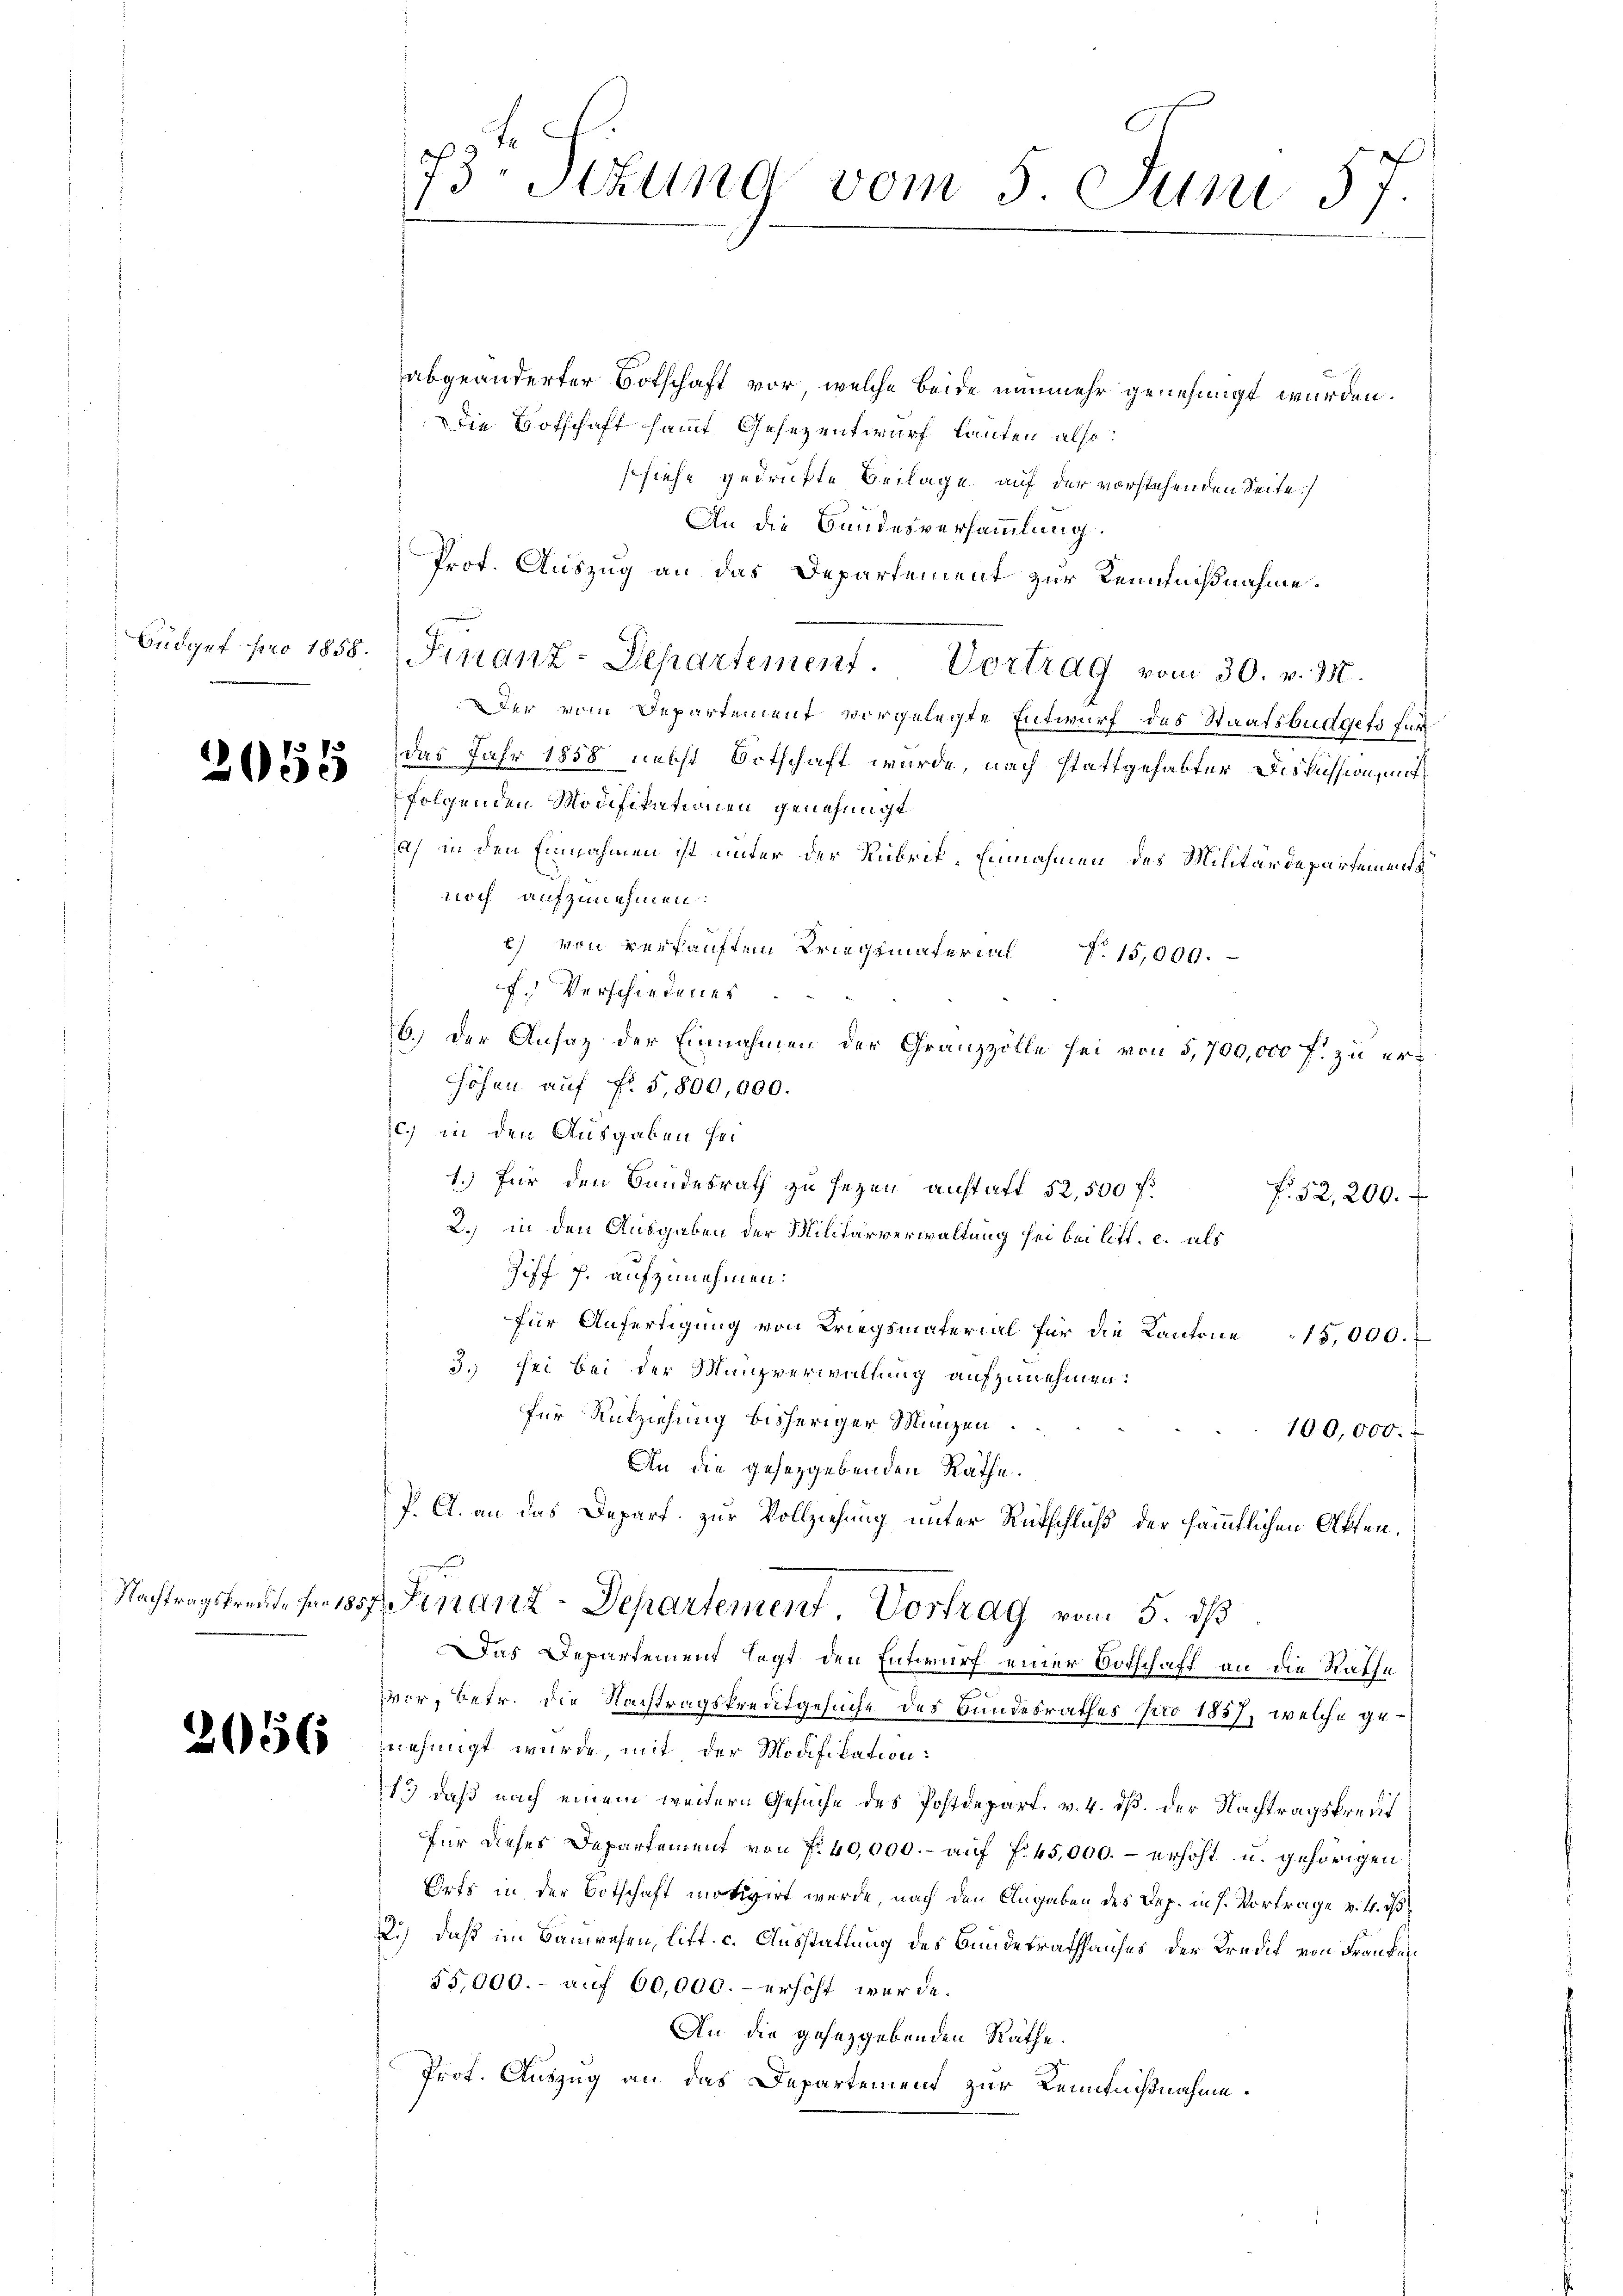
2055

abgeänderter Botschaft vor, welche beide nunmehr genehmigt wurden.
Ddie Botschaft sammt Gesezentwurf lauten also:
ssiehe gedrukte Beilage auf der vorstehenden Seite
An die Bundesversammlung.
Prof. Auszug an das Departement zur Kenntnißnahme.
Büdget pro 1858. Finanz-Departement. Vortrag vom 30. v. 31.
Der vom Departement vorgelegte Entwurf des Staatsbüdgets für
das Jahr 1858 nebst Ortschaft wurde, nach stattgehabter Diskussion, mit
folgenden Modifikationen genehmigt.
a) in den Einnahmen ist unter der Rubrik, Einnahmen des Militärdepartement
noch aufzunehmen:
c) von verkauften Kriegsmaterial. 15,000.
f. Verschiedenes
6.) Der Ansatz der Einnahmen der Granzzolle sei von 5,700,000 f. zu erhöhen auf fl. 5,800,000.
c.) in den Ausgaben sei¬
1.) Für den Bundesrath zu seyen anstatt 52,500 f:
f. 52,200.
2.) in den Ausgaben der Militärverwaltung sei bei litt. c. als
Ziff. J. aufzunehmen:
für Anfertigung von Kriegsmaterial für die Kantone 15,000.
3. sei bei der Münzverwaltung aufzunehmen:
für Rückziehung bisheriger Münzen.
100,000. f
An die gesetzgebenden Räthe.
J. A. an das Depart. zur Vollziehung unter Rütschluß der sämmtlichen Akten,
Nachtragsfreute für 1857 Finanz-Departement. Vortrag vom 5. ds
Das Departement legt den Entwurf einer Botschaft an die Rathe
vor, betr. die Nachtragskreditgesuche des Bundesrathes pro 1857, welche ge¬
253 (8 nehmigt wurde, mit der Modifikation:
1.) daß nach einem weitern Gesuche des Postdepart. v. 4. ds. der Nachtragskredit
für dieses Departement von f. 40,000.- aŭf fr. 45,000.- erhöht u. gehörigen
Orts in der Botschaft motivirt werde, nach den Angaben des Dep. in s. Vortrage v. M. i
2.) Daß im Bauwesen, litt. c. Ausstattung des Bundesrathhauses der Kredit von Franken
55,000.- auf 60,000.- erhöht werde.
An die gesetzgebenden Räthe.
Prot. Auszug an das Departement zur Kenntnißnahme.

73. Sekung vom 5. Juni 57.